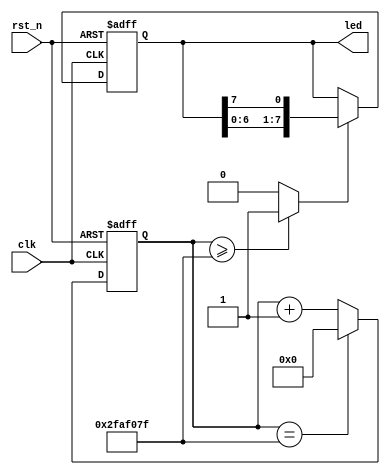
module  led(
        input                   clk                     ,
        input                   rst_n                   ,
        //led
        output  reg   [ 7: 0]   led 
);
//=====================================================================\
// ********** Define Parameter and Internal Signals *************
//=====================================================================/
parameter   TIME_1S     =       50_000_000                      ;
reg     [25: 0]                 cnt                             ;
wire                            add_cnt                         ;
wire                            end_cnt                         ;
wire                            time_1s                         ; 

//======================================================================
// ***************      Main    Code    ****************
//======================================================================
//led
always  @(posedge clk or negedge rst_n) begin
        if(rst_n == 1'b0)
            led     <=      'd0;
        else if(time_1s == 1'b1)
            led     <=      {led[ 6: 0],led[7]};
        else
            led     <=      led;
end

//cnt
always @(posedge clk or negedge rst_n)begin
    if(!rst_n)begin
        cnt <= 0;
    end
    else if(add_cnt)begin
        if(end_cnt)
            cnt <= 0;
        else
            cnt <= cnt + 1;
    end
end

assign add_cnt = 1'b1;       
assign end_cnt = add_cnt && cnt== TIME_1S-1; 

//time_1s
always  @(*) begin
        if(cnt >= TIME_1S-1)
            time_1s     =       1'b1;
        else
            time_1s     =       1'b0;
end








endmodule